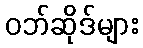
ဝဘ်ဆိုဒ်များ